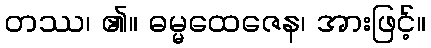
တဿ၊ ၏။ ဓမ္မထေဇေန၊ အားဖြင့်။